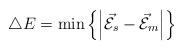
LaTeX: \begin{align*}\triangle E=\min \left\{ \left| {\cal \vec E}_s-{\cal \vec E}_m\right| \right\}\end{align*}